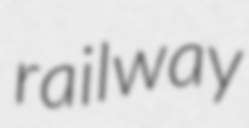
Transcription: railway